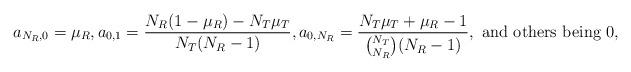
LaTeX: \begin{align*}&a_{N_R,0}=\mu_R,a_{0,1}=\frac{N_R(1-\mu_R)-N_T\mu_T}{N_T(N_R-1)},a_{0,N_R}=\frac{N_T\mu_T+\mu_R-1}{\binom{N_T}{N_R}(N_R-1)}, \textrm{ and others being 0,}\end{align*}